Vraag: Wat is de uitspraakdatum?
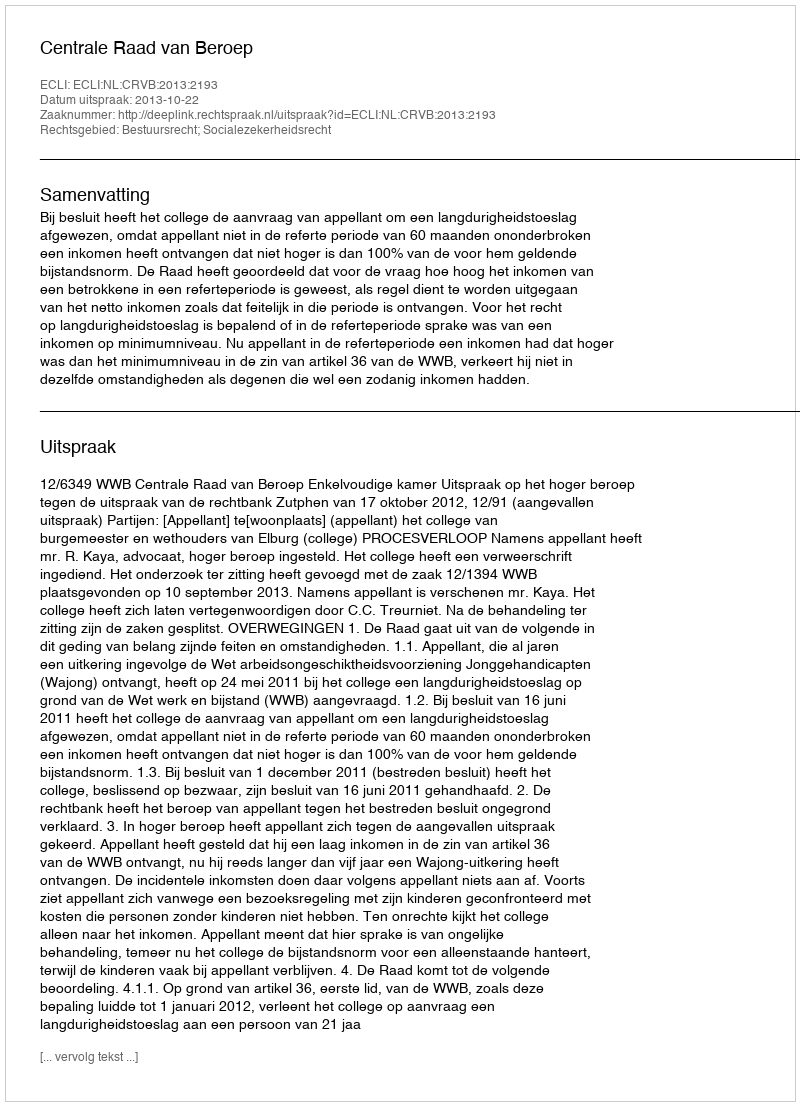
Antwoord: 2013-10-22